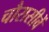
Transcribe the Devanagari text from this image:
चौरासीवें